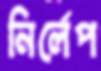
নির্লেপ